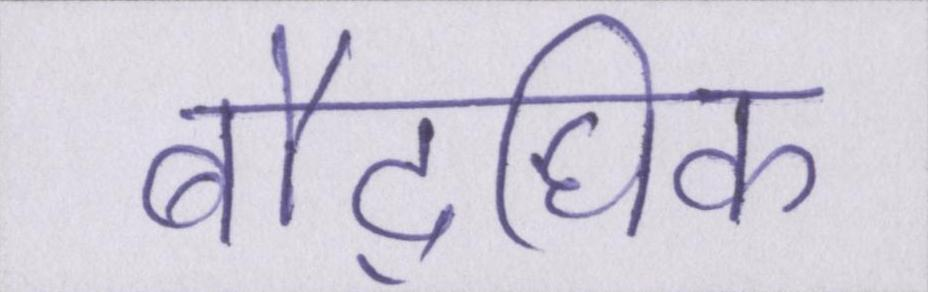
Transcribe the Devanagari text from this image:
बौद्घिक